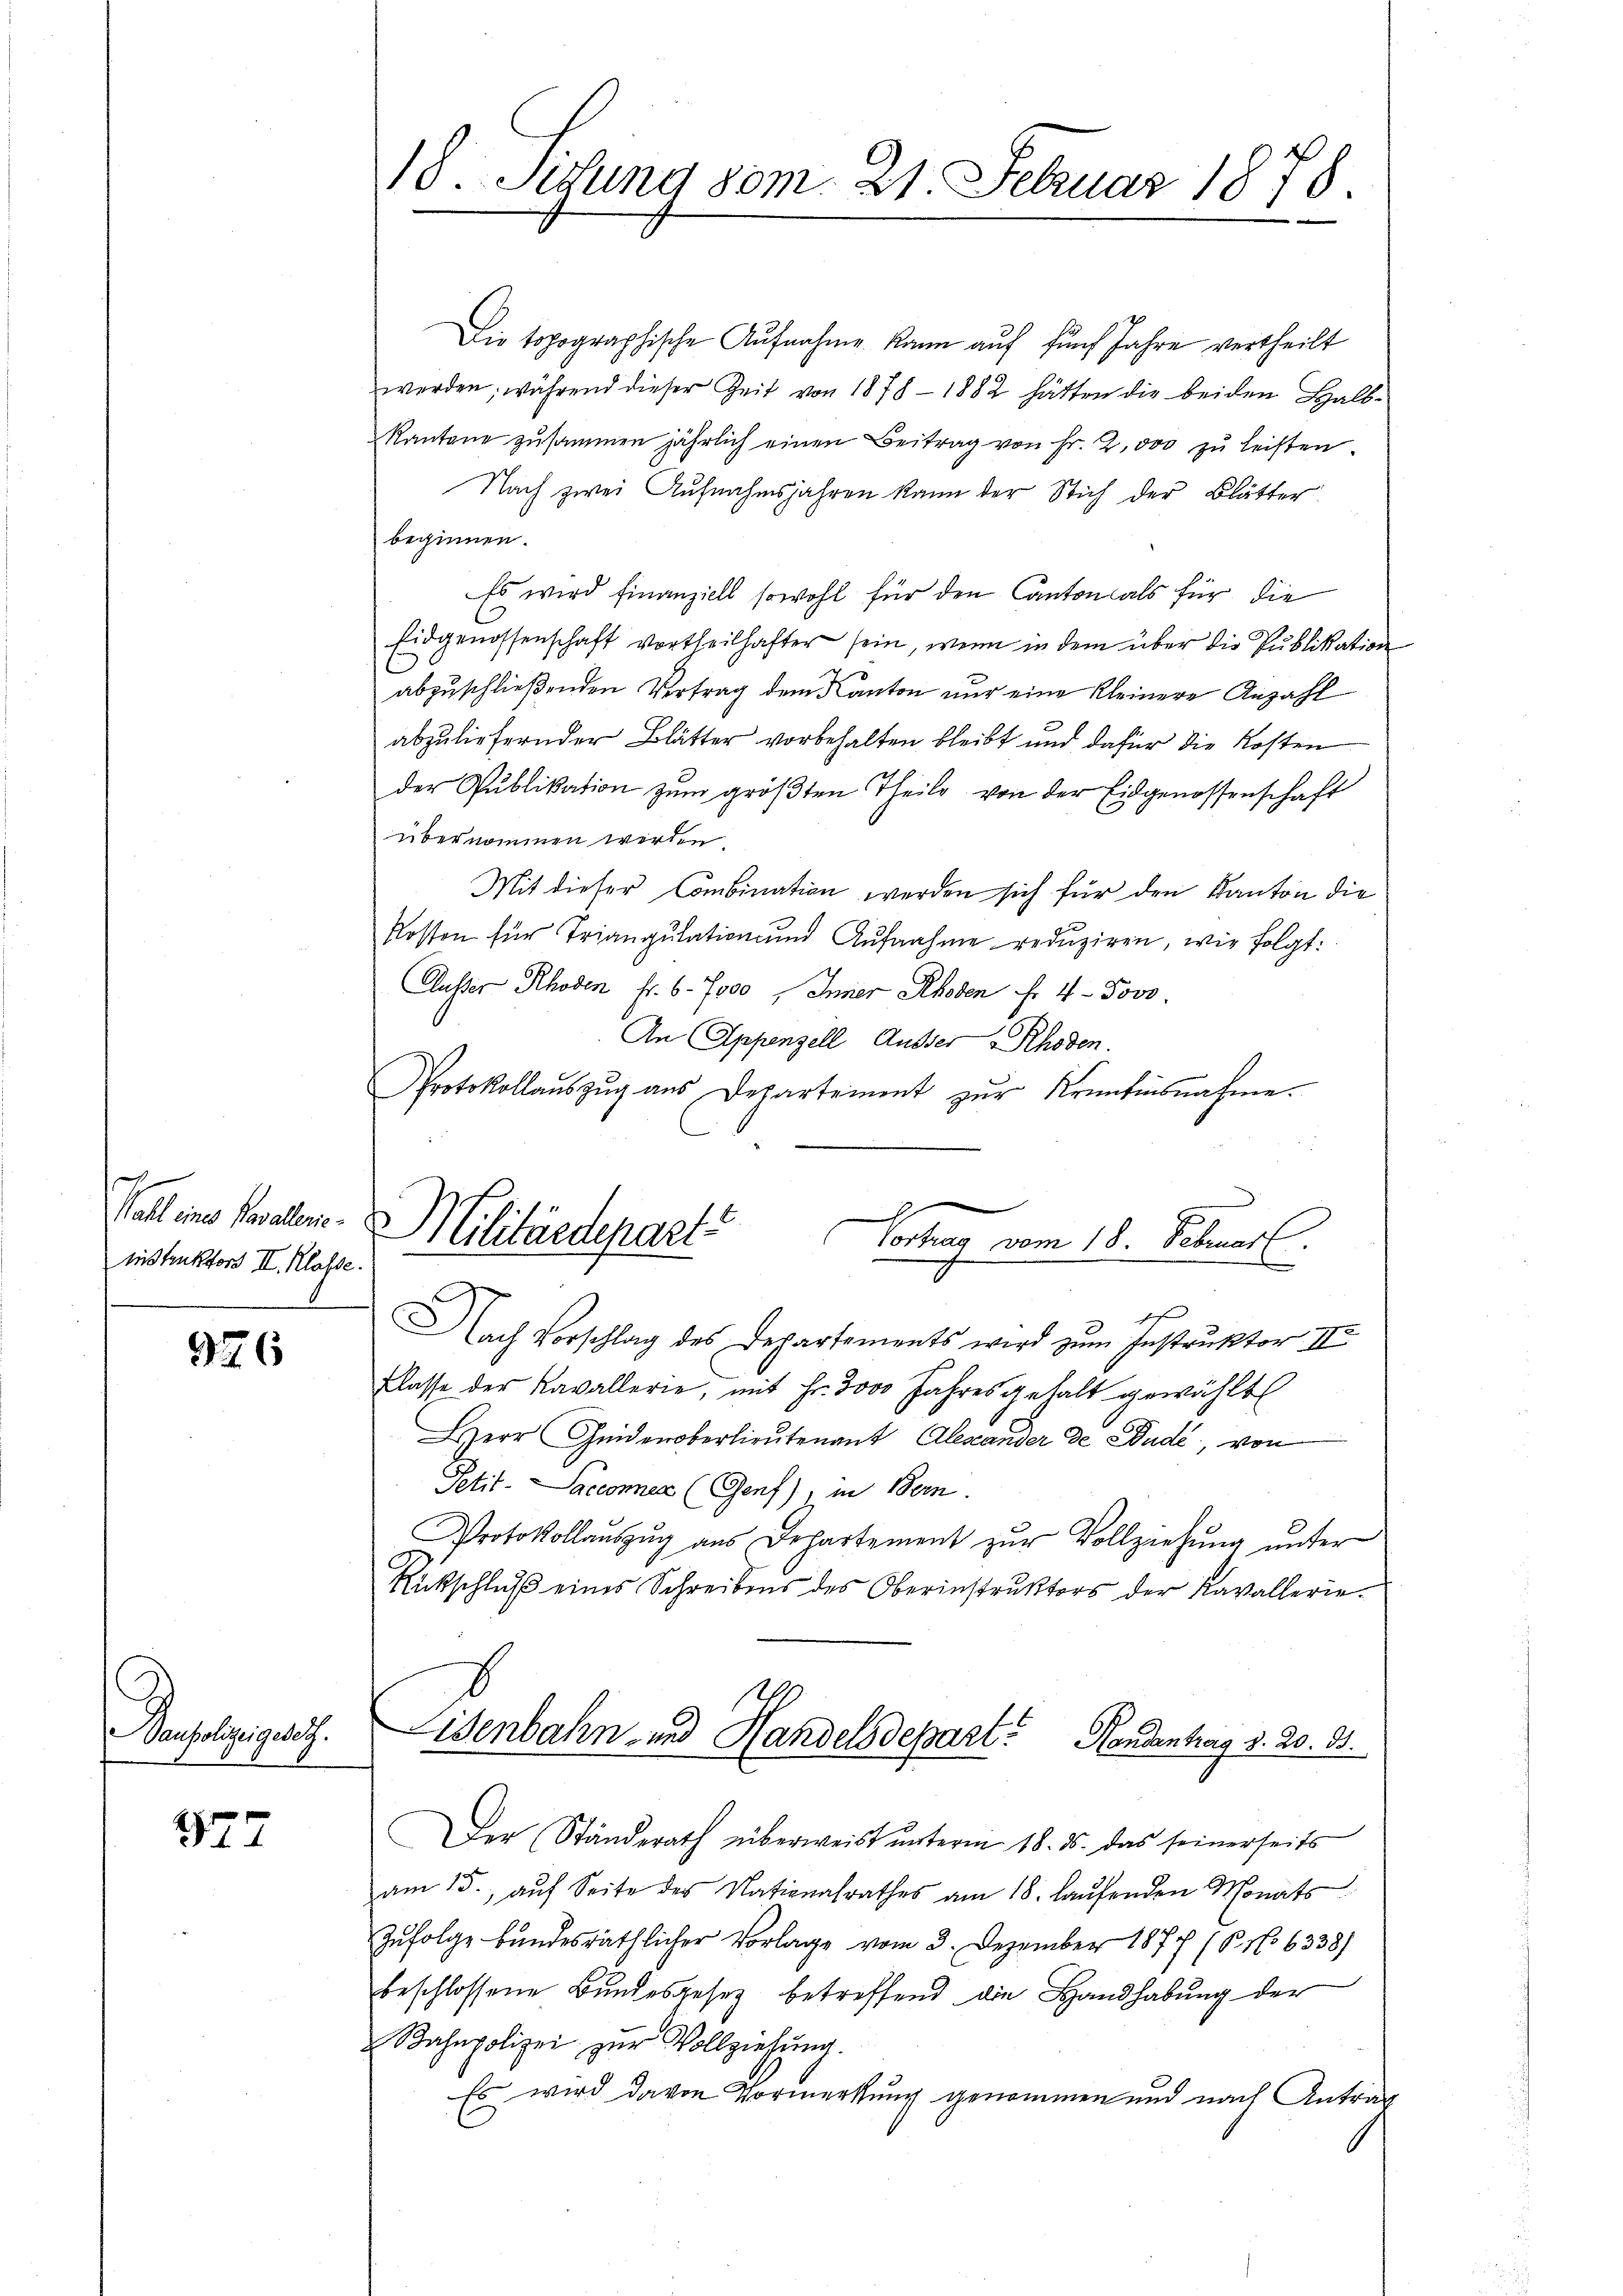
Wahl eines Parallenieinstruktors II. Klasse.

926

enpolizei zulet

177

18. Sitzung 80m. 21. Februar 1878

Die topographische Aŭfnahme kann auf fünf Jahre vertheilt
werden, während dieser Zeit von 1878 - 1882 hätten die beiden Halb-
Kantone zusammen jährlich einen Beitrag von Fr. 2,000 zŭ leisten.
Nach zwei Aufnahmsjahren kann der Stich der Blätter
beginnen.
Es wird finanziell sowohl für den Cantonals für die
C
Eidgenossenschaft vortheilhafter sein, wenn in dem über die Publikation
abzuschließenden Vertrag dem Kanton nur eine kleinere Anzahl
abzuliefernder Blätter vorbehalten bleibt und dafür die Kosten
der Publikation zum größten Theile von der Eidgenossenschaft
übernommen wird
Mit dieser Combination werden sich für den Kanton die
Kosten für Triangulation und Aŭfnahme redŭziren, wie folgt:
Außer Rhoden fr. 6. 7000 ohner Rhoden fr. 4. Jovo.
An Appenzell Ausser Rhoden.
Protokollaŭszŭg aŭs Departement zŭr Krentinsnahme.
Nach Vorschlag des Departements wird zum Instruktor II
flasse der Kavallerie, mit Fr. 3000 Jahres gehalt gewählt
Herr Heideroberlieŭtenant Alexander de Bude, von
Petit-Sacconen (Genf), in Bern.
Protokollaŭszŭg aŭs Departement zŭr Vollziehŭng ŭnter
Rückschluß eines Schreibens des Oberinstruktors der Kavallerie¬
Eisenbahn- und Handelsdepart. Handentrag d. 20. 33.
Der Ständerath überweist ŭnterm 18. ds. das seinerseits
am 15. aŭf Seite des Nationalrathes am 18. laŭfenden Monats
Zufolge bundesräthlicher Vorlage vom 3. Dezember 1877 (8. No 6338)
beschlossene Bundesgesetz betreffend die Handhabung der
Bahnpolizei zŭr Vollziehŭng.
Es wird davon Vormerkung genommen und nach Antrag

x
Militärdepart
Vortrag vom 18. Februar